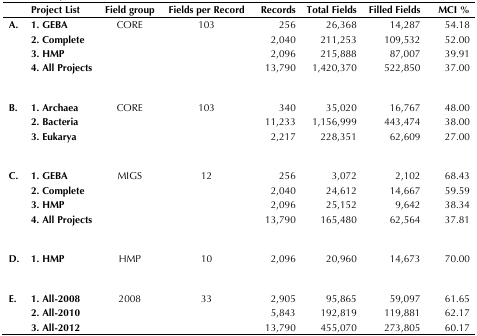
<table><thead><tr><td></td><td><b>Project List</b></td><td><b>Field group</b></td><td><b>Fields per Record</b></td><td><b>Records</b></td><td><b>Total Fields</b></td><td><b>Filled Fields</b></td><td><b>MCI %</b></td></tr></thead><tbody><tr><td rowspan="4"><b>A.</b></td><td><b>1. GEBA</b></td><td rowspan="4">CORE</td><td rowspan="4">103</td><td>256</td><td>26,368</td><td>14,287</td><td>54.18</td></tr><tr><td><b>2. Complete</b></td><td>2,040</td><td>211,253</td><td>109,532</td><td>52.00</td></tr><tr><td><b>3. HMP</b></td><td>2,096</td><td>215,888</td><td>87,007</td><td>39.91</td></tr><tr><td><b>4. All Projects</b></td><td>13,790</td><td>1,420,370</td><td>522,850</td><td>37.00</td></tr><tr><td rowspan="3"><b>B.</b></td><td><b>1. Archaea</b></td><td rowspan="3">CORE</td><td rowspan="3">103</td><td>340</td><td>35,020</td><td>16,767</td><td>48.00</td></tr><tr><td><b>2. Bacteria</b></td><td>11,233</td><td>1,156,999</td><td>443,474</td><td>38.00</td></tr><tr><td><b>3. Eukarya</b></td><td>2,217</td><td>228,351</td><td>62,609</td><td>27.00</td></tr><tr><td rowspan="4"><b>C.</b></td><td><b>1. GEBA</b></td><td rowspan="4">MIGS</td><td rowspan="4">12</td><td>256</td><td>3,072</td><td>2,102</td><td>68.43</td></tr><tr><td><b>2. Complete</b></td><td>2,040</td><td>24,612</td><td>14,667</td><td>59.59</td></tr><tr><td><b>3. HMP</b></td><td>2,096</td><td>25,152</td><td>9,642</td><td>38.34</td></tr><tr><td><b>4. All Projects</b></td><td>13,790</td><td>165,480</td><td>62,564</td><td>37.81</td></tr><tr><td><b>D.</b></td><td><b>1. HMP</b></td><td>HMP</td><td>10</td><td>2,096</td><td>20,960</td><td>14,673</td><td>70.00</td></tr><tr><td rowspan="3"><b>E.</b></td><td><b>1. All-2008</b></td><td rowspan="3">2008</td><td rowspan="3">33</td><td>2,905</td><td>95,865</td><td>59,097</td><td>61.65</td></tr><tr><td><b>2. All-2010</b></td><td>5,843</td><td>192,819</td><td>119,881</td><td>62.17</td></tr><tr><td><b>3. All-2012</b></td><td>13,790</td><td>455,070</td><td>273,805</td><td>60.17</td></tr></tbody></table>